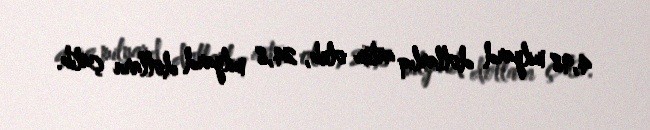
4,98 milyard dollarlıq artım olub, 24,8 milyard dollara çatıb.